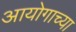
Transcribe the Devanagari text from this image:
आयोगाच्‍या